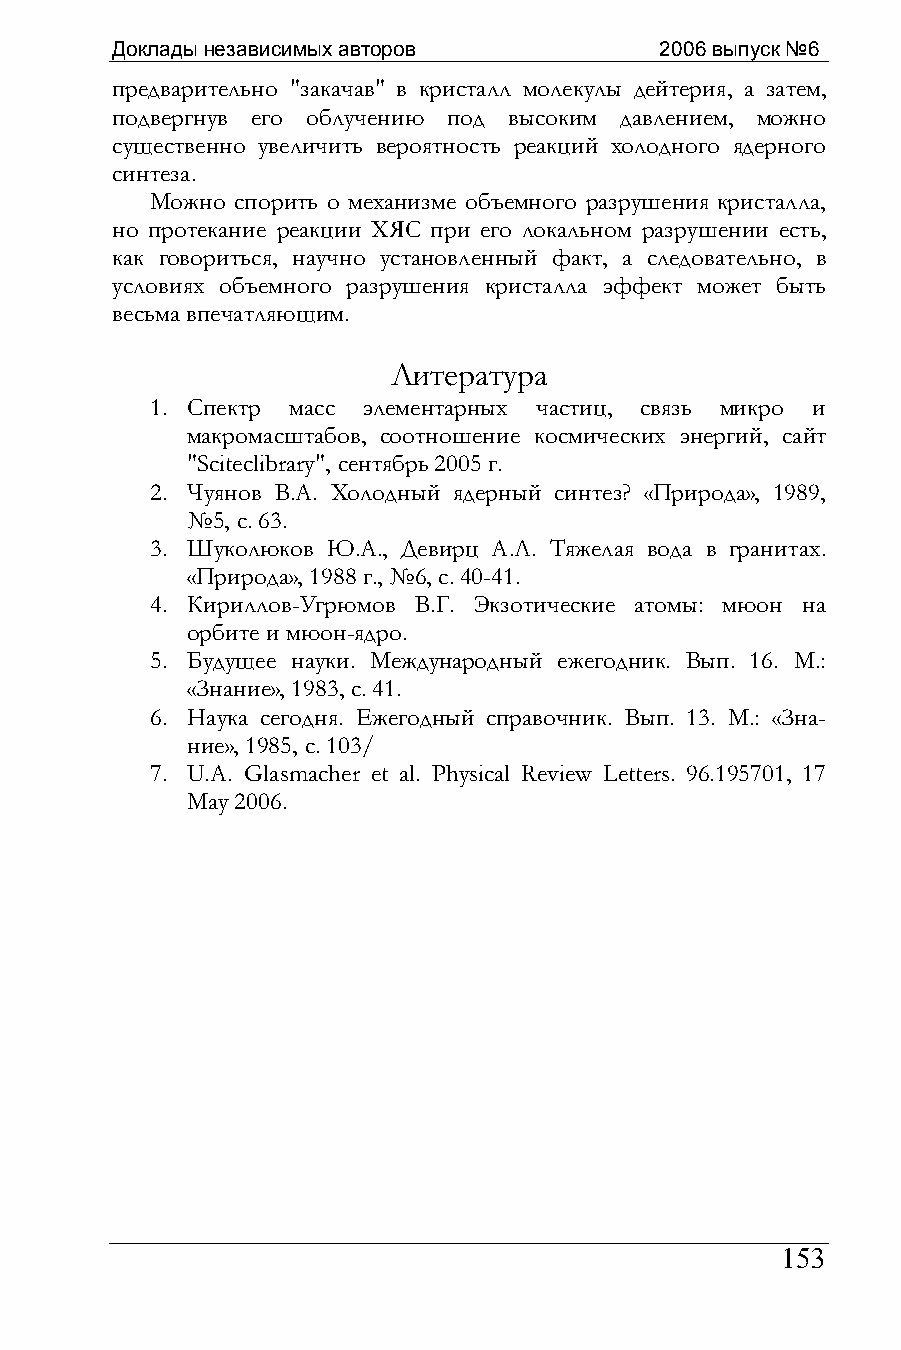
Доклады независимых авторов          2006 выпуск №6
 предварительно "закачав" в кристалл молекулы дейтерия, а затем,
 подвергнув его облучению под высоким давлением, можно
 существенно увеличить вероятность реакций холодного ядерного
 синтеза.
 Можно спорить о механизме объемного разрушения кристалла,
 но протекание реакции ХЯС при его локальном разрушении есть,
 как говориться, научно установленный факт, а следовательно, в
 условиях объемного разрушения кристалла эффект может быть
 весьма впечатляющим.
 Литература
 1. Спектр масс элементарных частиц, связь микро и
 макромасштабов, соотношение космических энергий, сайт
 "Sciteclibrary", сентябрь 2005 г.
 2. Чуянов В.А. Холодный ядерный синтез? «Природа», 1989,
 №5, с. 63.
 3. Шуколюков Ю.А., Девирц А.Л. Тяжелая вода в гранитах.
 «Природа», 1988 г., №6, с. 40-41.
 4. Кириллов-Угрюмов В.Г. Экзотические атомы: мюон на
 орбите и мюон-ядро.
 5. Будущее науки. Международный ежегодник. Вып. 16. М.:
 «Знание», 1983, с. 41.
 6. Наука сегодня. Ежегодный справочник. Вып. 13. М.: «Зна-
 ние», 1985, с. 103/
 7. U.A. Glasmacher et al. Physical Review Letters. 96.195701, 17
 May 2006.
 153